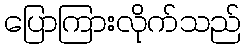
ပြောကြားလိုက်သည်